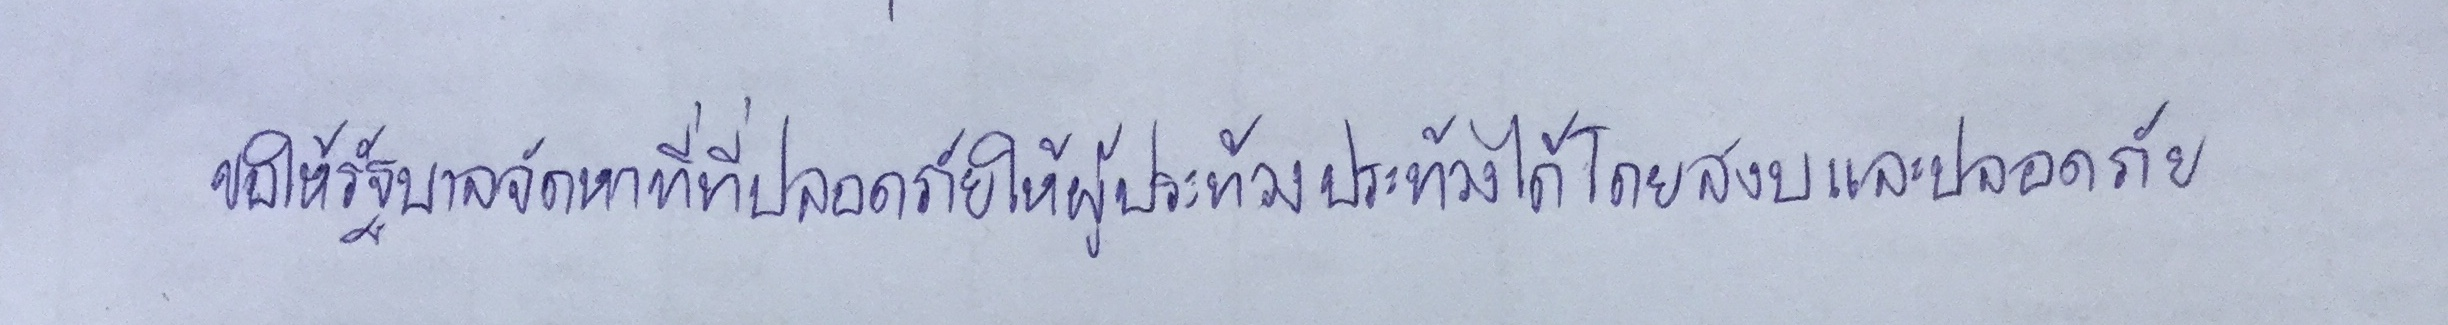
ขอให้รัฐบาลจัดหาที่ที่ปลอดภัยให้ผู้ประท้วงประท้วงได้โดยสงบและปลอดภัย